Madras plague regulations and rules for the inspection of inward and outward bound vessels - Volume 1
Disease focus: Plague
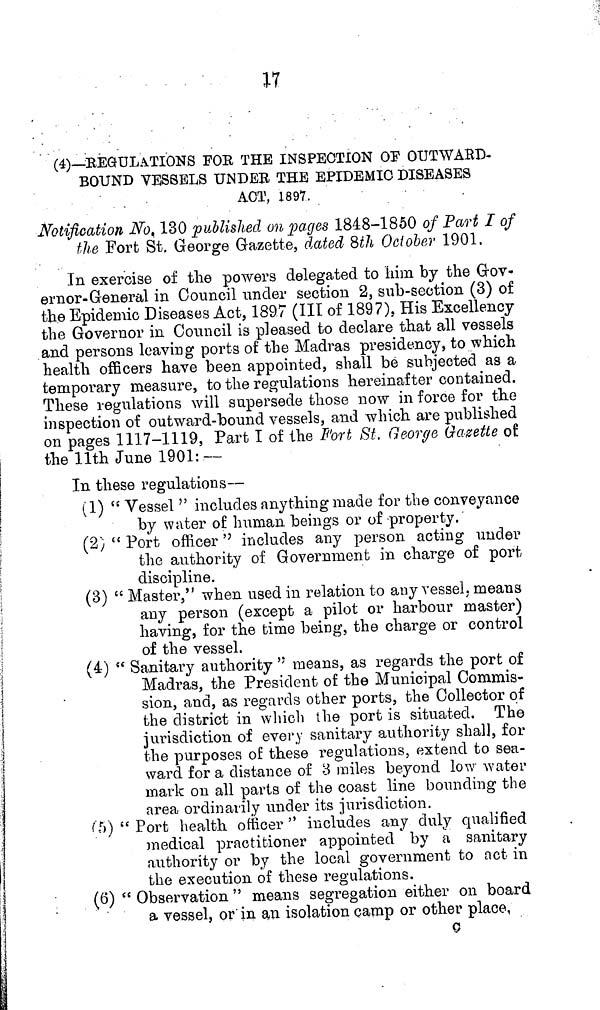
17
(4)—REGULATIONS FOE THE INSPECTION OF OUTWARD-
BOUND VESSELS UNDER THE EPIDEMIC DISEASES
ACT, 1897.
Notification No. 130 published on pages 1848-1850 of Part I of
the Fort St. George Gazette, dated 8th October 1901.
In exercise of the powers delegated to him by the Gov-
ernor-General in Council under section 2, sub-section (3) of
the Epidemic Diseases Act, 1897 (III of 1897), His Excellency
the Governor in Council is pleased to declare that all vessels
and persons leaving ports of the Madras presidency, to which
health officers have been appointed, shall be subjected as a
temporary measure, to the regulations hereinafter contained.
These regulations will supersede those now in force for the
inspection of outward-bound vessels, and which are published
on pages 1117-1119, Part I of the Port St. George Gazette of
the llth June 1901: —
In these regulations—
(1) " Vessel " includes anything made for the conveyance
by water of human beings or of property.
(2) " Port officer " includes any person acting under
the authority of Government in charge of port
discipline.
(3) " Master," when used in relation to any vessel, means
any person (except a pilot or harbour master)
having, for the time being, the charge or control
of the vessel.
(4) " Sanitary authority " means, as regards the port of
Madras, the President of the Municipal Commis-
sion, and, as regards other ports, the Collector of
the district in which the port is situated. The
jurisdiction of every sanitary authority shall, for
the purposes of these regulations, extend to sea-
ward for a distance of 8 miles beyond low water
mark on all parts of the coast line bounding the
area ordinarily under its jurisdiction.
(5) " Port health officer " includes any duly qualified
medical practitioner appointed by a sanitary
authority or by the local government to act in
the execution of these regulations.
(6) " Observation " means segregation either on board
a vessel, or in an isolation camp or other place,
0